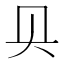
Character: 𰋙